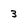
Character: 3